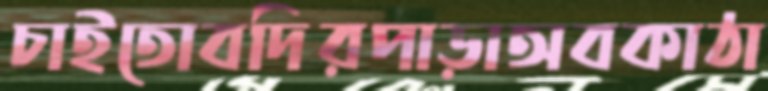
চাইতোবদিরপাড়াঅবকাঠা